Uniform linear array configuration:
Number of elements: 48
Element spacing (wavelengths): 0.75
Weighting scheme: cosine
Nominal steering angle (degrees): -30
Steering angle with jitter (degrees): -30.729
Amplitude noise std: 0.05
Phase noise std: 0.05

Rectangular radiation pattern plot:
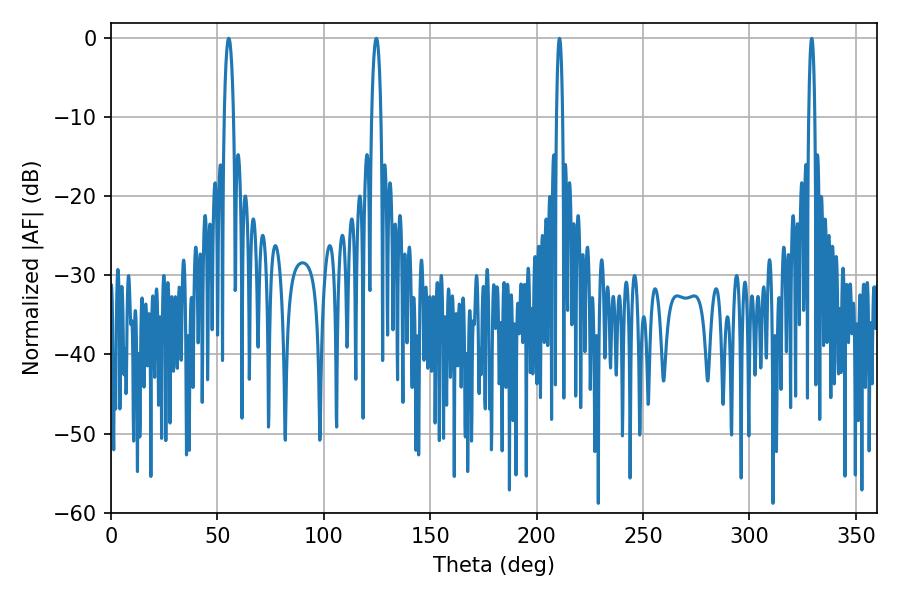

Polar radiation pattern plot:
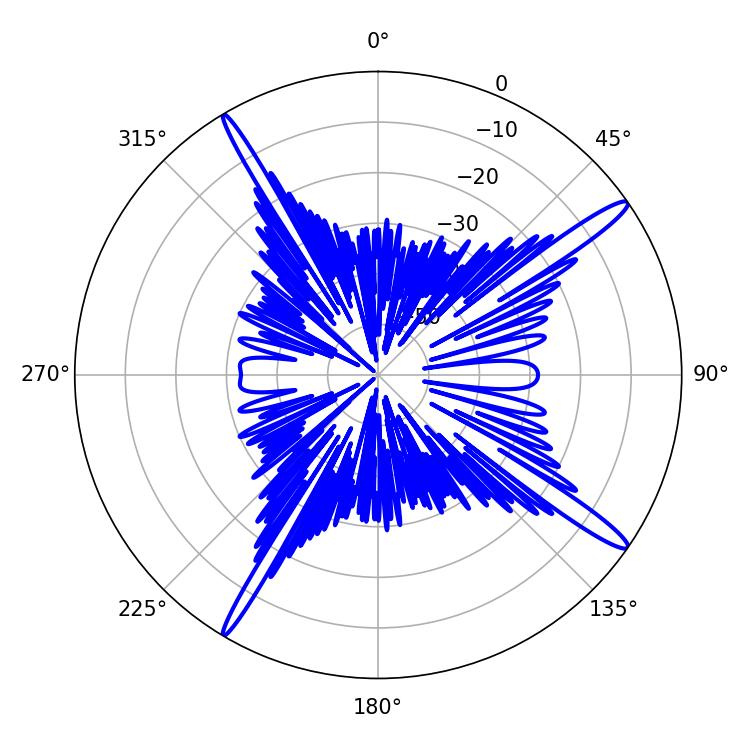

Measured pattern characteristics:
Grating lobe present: TRUE
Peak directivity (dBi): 16.233
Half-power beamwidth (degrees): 2.34
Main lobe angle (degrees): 55.26